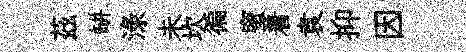
茲缾渌未坎徧蜜着袁抑因